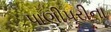
પાણીપૂરીના